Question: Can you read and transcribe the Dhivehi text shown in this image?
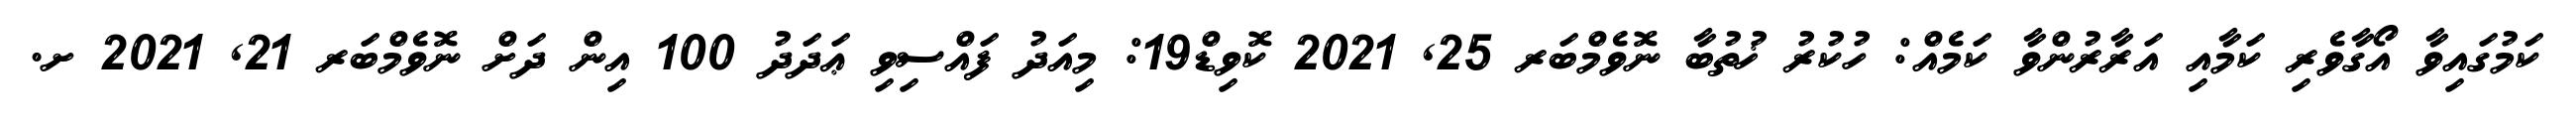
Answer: ކަމުގައިވާ އޯގާވެރި ކަމާއި އަރާރުންވާ ކަމެއް: ހުކުރު ޚުތުބާ ނޮވެމްބަރ 25, 2021 ކޮވިޑް19: މިއަދު ފައްސިވި ޢަދަދު 100 އިން ދަށް ނޮވެމްބަރ 21, 2021 ށ.